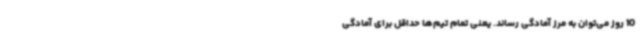
10 روز می‌توان به مرز آمادگی رساند. یعنی تمام تیم‌ها حداقل برای آمادگی